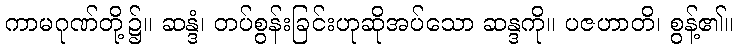
ကာမဂုဏ်တို့၌။ ဆန္ဒံ၊ တပ်စွန်းခြင်းဟုဆိုအပ်သော ဆန္ဒကို။ ပဇဟာတိ၊ စွန့်၏။